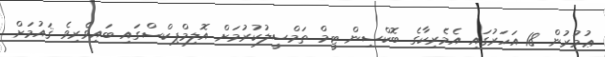
ޢުމުރުން 18 އަހަރުގައި އެމެރިކާގެ ބޮކްސިން ޓީމް ތަމްސީލުކުރުމަށް އޮލިމްޕިކްސްގައި ބައިވެރިވެ ޤައުމަށް